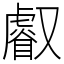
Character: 𠮏